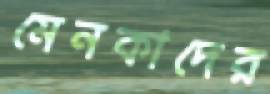
মেনকাদের